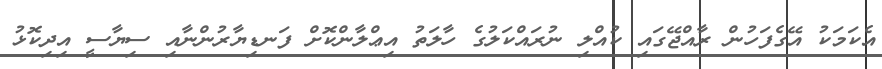
އެކަމަކު އޭގެފަހުން ރާއްޖޭގައި ކުއްލި ނުރައްކަލުގެ ހާލަތު އިޢްލާންކޮށް ފަނޑިޔާރުންނާއި ސިޔާސީ އިދިކޮޅު